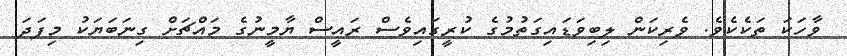
ވާހަކަ ތަކެކެވެ. ވެރިކަން ލިބިވަޑައިގަތުމުގެ ކުރީގައިވެސް ރައީސް ޔާމީނުގެ މައްޗަށް ގިނަބަޔަކު މިފަދަ